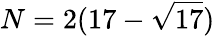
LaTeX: N=2(17-{\sqrt{17}})